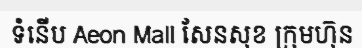
ទំនើប Aeon Mall សែនសុខ ក្រុមហ៊ុន